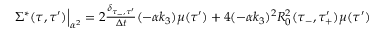
\begin{array} { r } { \Sigma ^ { * } ( \tau , \tau ^ { \prime } ) \Big | _ { \alpha ^ { 2 } } = 2 \frac { \delta _ { \tau _ { - } , \tau ^ { \prime } } } { \Delta t } ( - \alpha k _ { 3 } ) \mu ( \tau ^ { \prime } ) + 4 ( - \alpha k _ { 3 } ) ^ { 2 } R _ { 0 } ^ { 2 } ( \tau _ { - } , \tau _ { + } ^ { \prime } ) \mu ( \tau ^ { \prime } ) } \end{array}